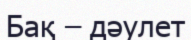
Бақ – дәулет